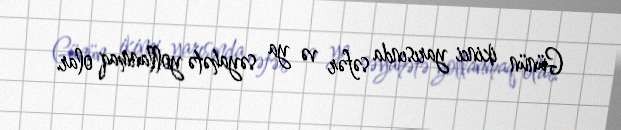
Günün ikinci yarısında səfər və ya səyahətə yollanmaq olar.